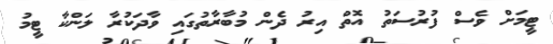
ޓީމަށް ވެސް ފުރުސަތު އޮތް އިރު ދެން މުބާރާތުގައި ވާދަކުރާ ލަންކާ ޓީމު